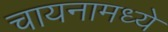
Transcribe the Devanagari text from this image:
चायनामध्ये